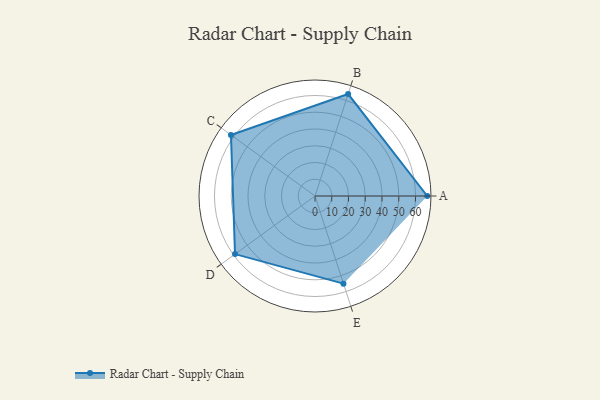
{"axis": {"x": "Skill", "y": "Score"}, "legend": ["Profile"], "data": [{"x": "A", "y": 67.0, "type": "Profile"}, {"x": "B", "y": 64.0, "type": "Profile"}, {"x": "C", "y": 62.0, "type": "Profile"}, {"x": "D", "y": 59.0, "type": "Profile"}, {"x": "E", "y": 55.0, "type": "Profile"}]}